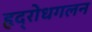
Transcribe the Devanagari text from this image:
हृद्‌रोधगलन